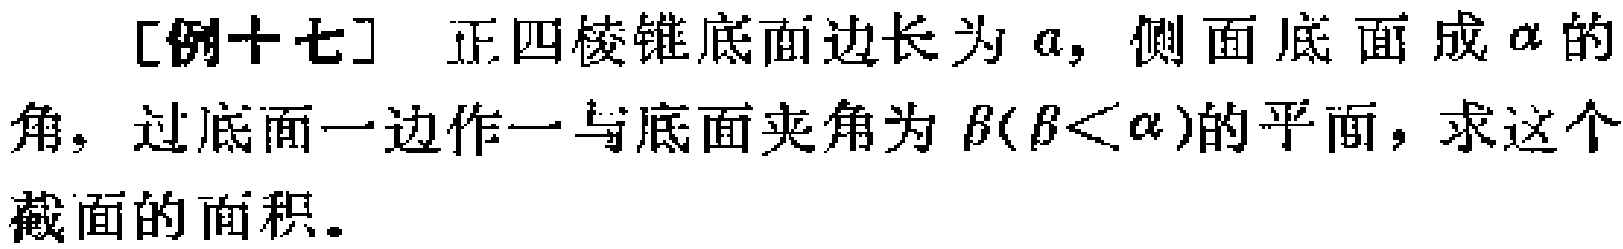
[例十七] 正四棱锥底面边长为 \(a\)，侧面底面成 \(\alpha\) 的角，过底面一边作一与底面夹角为 \(\beta(\beta<\alpha)\)的平面，求这个截面的面积。